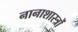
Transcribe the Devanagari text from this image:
नानाशास्त्रों